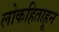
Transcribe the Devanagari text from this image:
लोकहिताहून